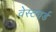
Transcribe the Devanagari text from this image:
वेस्टवर्ड